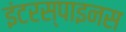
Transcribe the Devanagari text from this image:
इंटरस्पाइनस